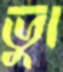
ভুা